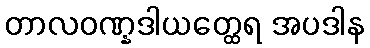
တာလဝဏ္နဒါယတ္ထေရ အပဒါန